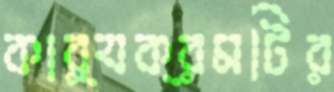
কার্যক্রমটির